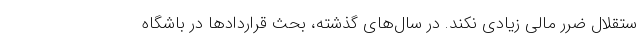
ستقلال ضرر مالی زیادی نکند. در سال‌های گذشته، بحث قراردادها در باشگاه